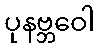
ပုနဗ္ဘဝေါ